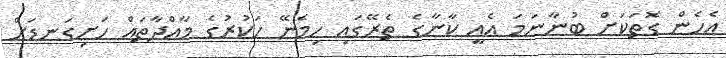
އެހެން ގޮތަކަށް ބުނާނަމަ އެއީ ކާނާގެ ތެރޭގައި ހިމެނޭ ހަކުރުގެ މާއްދާތައް ހަށިގަނޑަށް